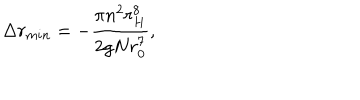
LaTeX: \Delta r _ { m i n } = - \frac { \pi n ^ { 2 } r _ { H } ^ { 8 } } { 2 g N r _ { 0 } ^ { 7 } } ,